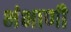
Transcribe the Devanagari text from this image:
भंभाणी